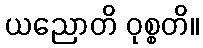
ယညောတိ ဝုစ္စတိ။